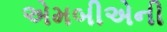
એમબીએની